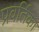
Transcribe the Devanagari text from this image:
प्रवर्तिका